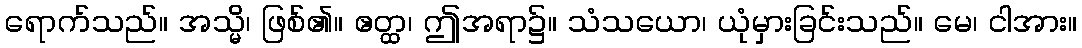
ရောက်သည်။ အသ္မိ၊ ဖြစ်၏။ ဧတ္ထ၊ ဤအရာ၌။ သံသယော၊ ယုံမှားခြင်းသည်။ မေ၊ ငါအား။